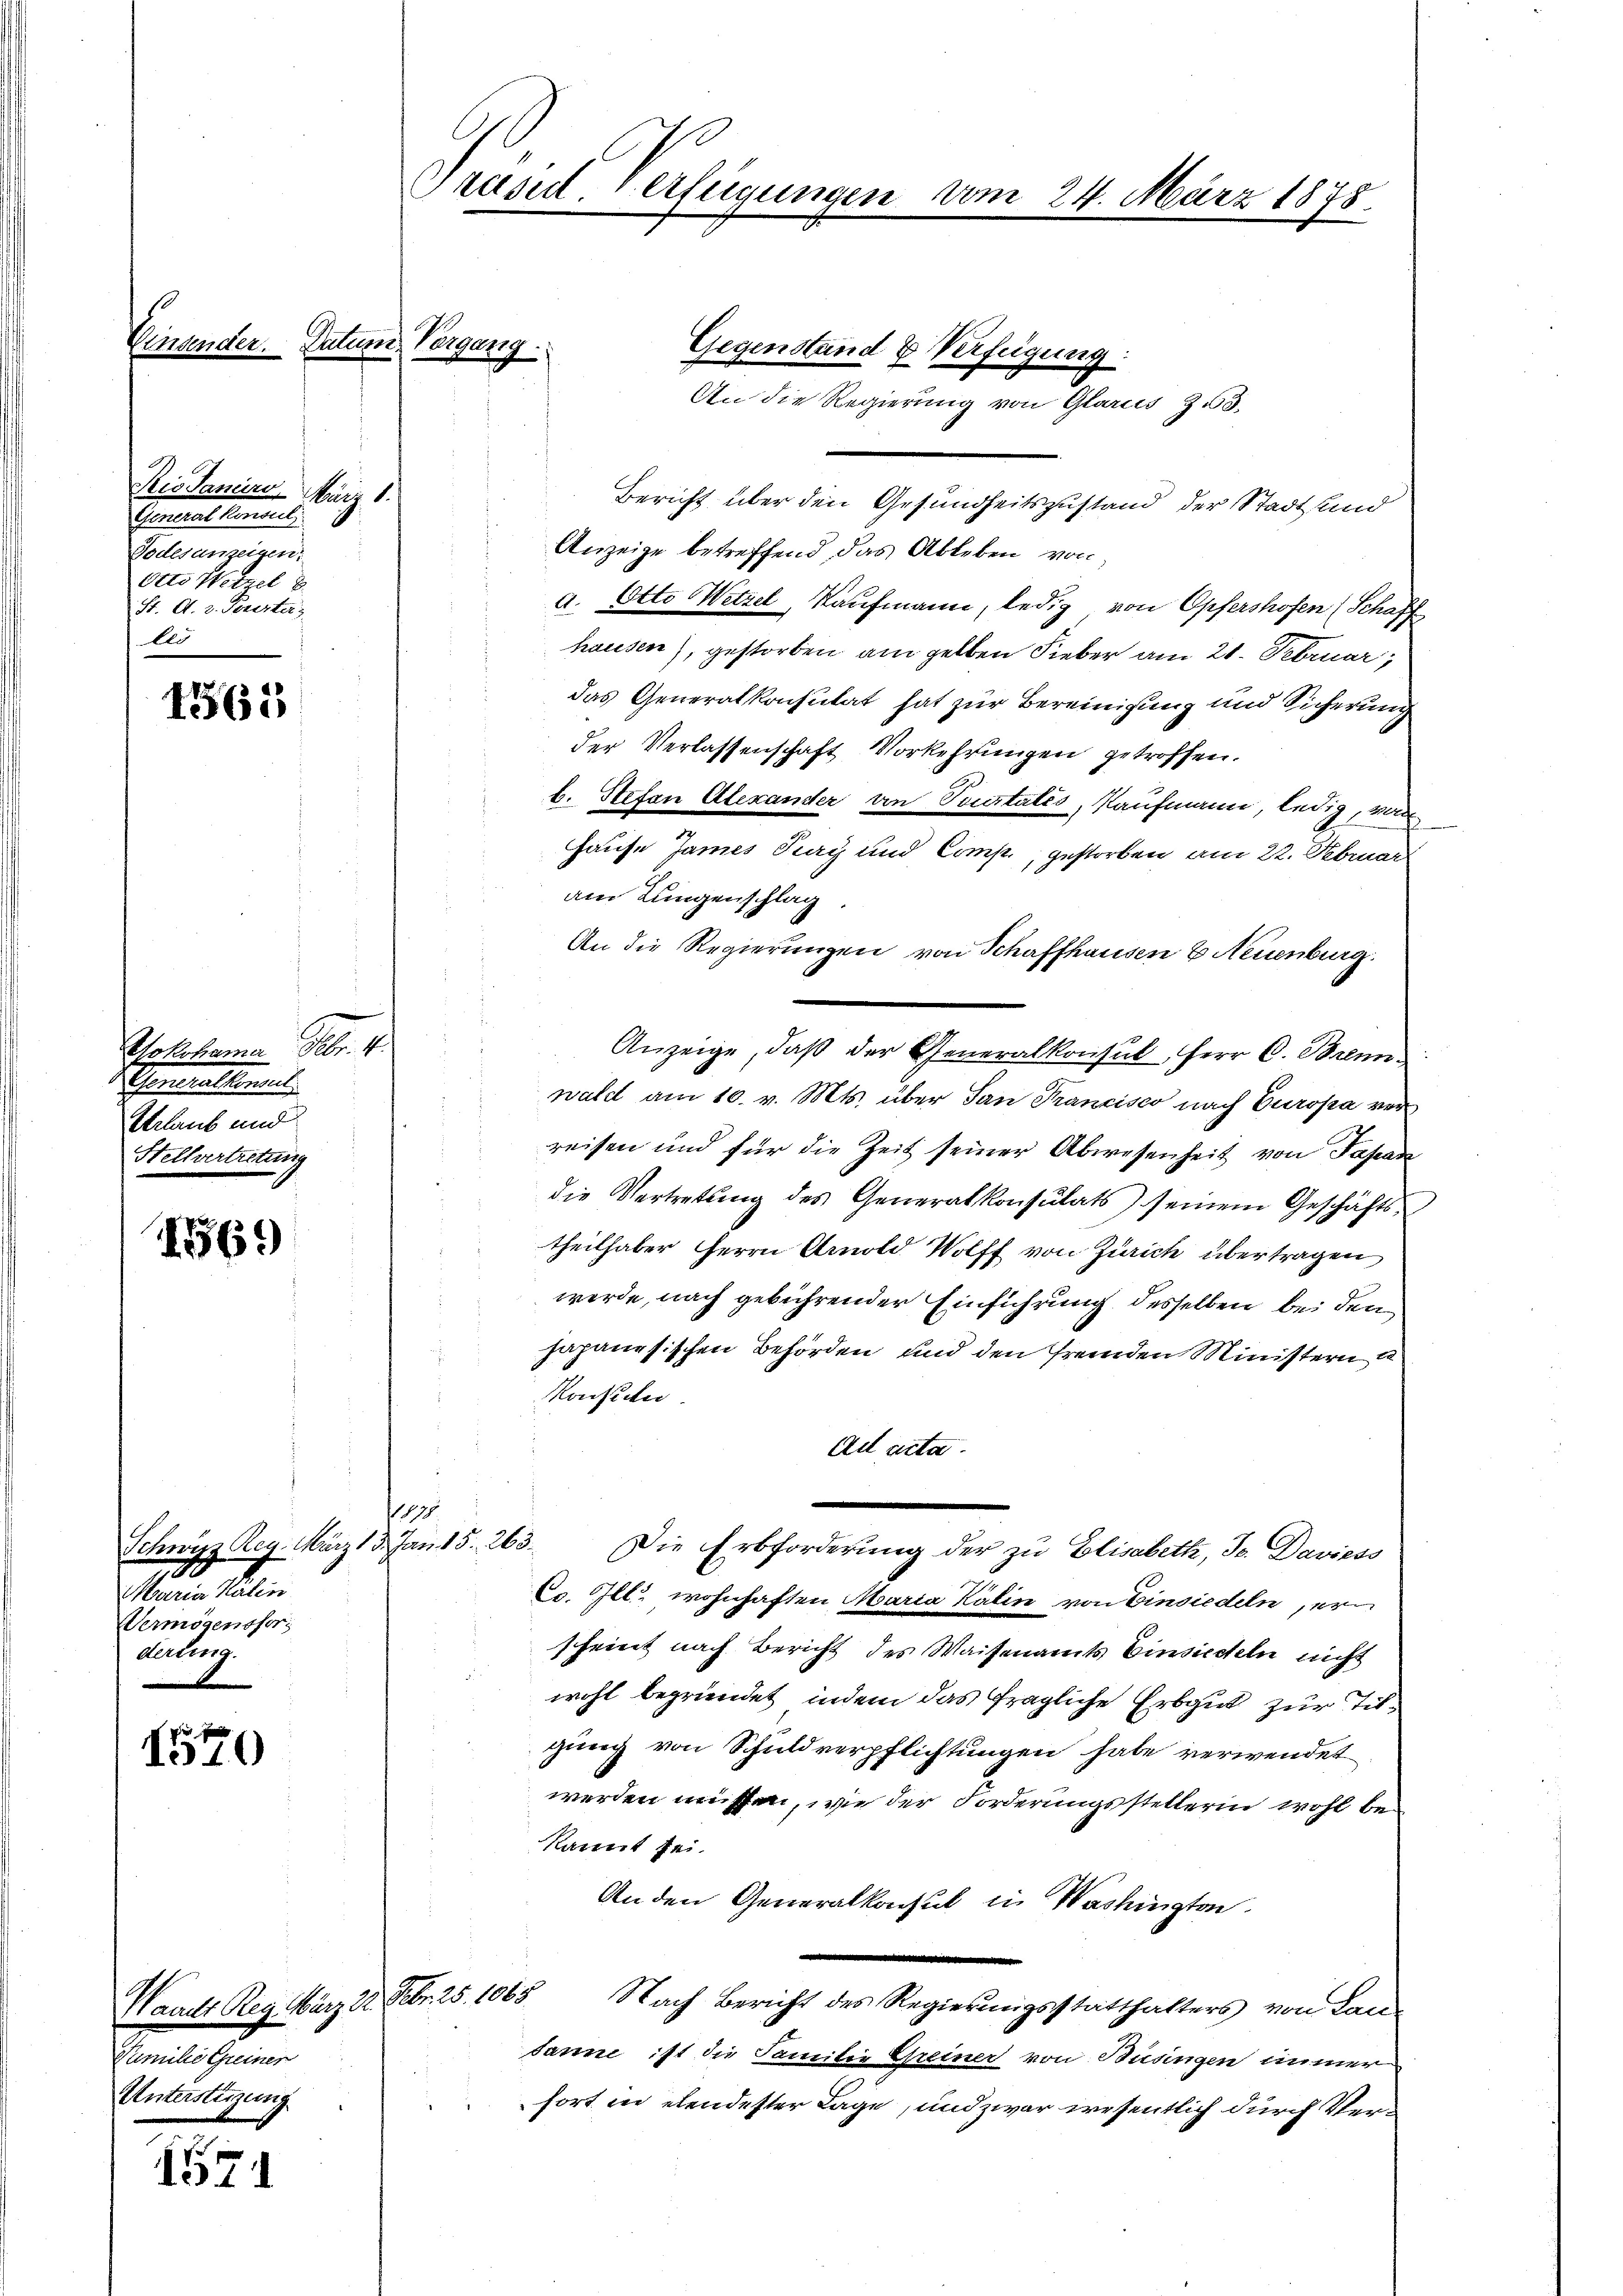
Einsender. Datum Vergang.

1361

1569

s
I319

1571

Ris Saniro. März 1.
Generalkonsul,
Todesanzeigen.
Otto Wetzel 8
St. A. v. Perster,
Es

Yokohama Febr. 4.
Schmellens
Verlaub und
Stellvertretung

Waadt Reg. März 22. Febr. 25. 1063
Familie Greiner
Untersteigung

Präsid. erfügunger

1175
Schwyz Reg. März 13. Jan. 15. 263.
Maria Kalin
Vermögensfor¬
Kiburg.

An die
Bericht über den Gesundheitszustand der Stadt sand
Anzeige betreffend, das Ableben von
a. Otto Wetzel, Kaufmann, ledig von Opfershofen (Schaff
hausen), gestorben am gelben Fieber am 21. Februar,
das Generalkonsutat hat zur Bereinigung und Sicherung
der Verlassenschaft Vorkehrungen getroffen.
b. Stefan Alexander von Teustatés, Kaufmann, ledig, von
Hause James Tag und Comp., gestorben am 22. Februar
am Lungenschlag.
An die Regierungen von Schaffhausen & Neuenburg.
i
Anzeige, daβ der Generalkonsul Herr C. Brenn
wald am 10. v. Mts. über San Francisco nach Europa verreisen und für die Zeit seiner Abwesenheit von Japan
die Vertretung des Generalkonsulats seinem Geschäfts
theilhaber HHerrn Arnold Wolff von Zürich übertragen
werde, nach gebührender Einführung desselben bei den
japanesischen Behörden, und den fremden Ministern e
Konsecter
Ad acta.
Die Erbforderung der zu Elisabeth, Jo. Daviess
Co. Ill. wohnhaften Maria Kälin von Einsiedeln er
scheint nach Bericht des Waisenamts Einsiedeln nicht
wohl begründet, indem das fragliche Erbgut zur Tilgung von Schuldverpflichtungen habe verwendet
werden müssen, wie der Forderungsstellerin wohl be¬
Kaneit sei.
An den Generalkonsul in Washingten.
Nach Bericht des Regierungsstatthalters von Lan-
Janne ist die Familie Greiner von Büsingen immer
fort in elendester Lage, und zwar wesentlich durch Ver¬

Gegenstand & Verfügung:

Regierung von Glarus 13.

m 24. März 1878.